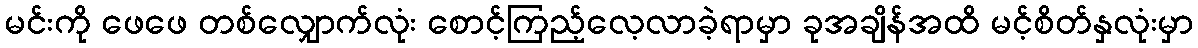
မင်းကို ဖေဖေ တစ်လျှောက်လုံး စောင့်ကြည့်လေ့လာခဲ့ရာမှာ ခုအချိန်အထိ မင့်စိတ်နှလုံးမှာ